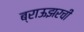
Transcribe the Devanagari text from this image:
ब्राऊझरची